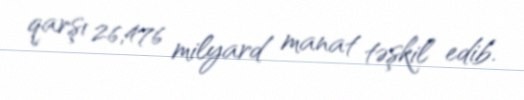
qarşı 26,476 milyard manat təşkil edib.